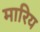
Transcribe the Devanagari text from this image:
मारिय